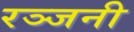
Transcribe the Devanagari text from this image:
रञ्जनी